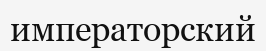
императорский